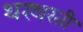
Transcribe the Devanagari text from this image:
थरथरती